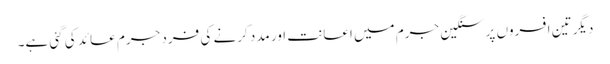
دیگر تین افسروں پر سنگین جرم میں اعانت اور مدد کرنے کی فرد جرم عائد کی گئی ہے۔